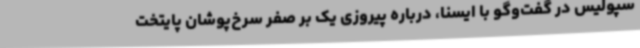
سپولیس در گفت‌وگو با ایسنا، درباره پیروزی یک بر صفر سرخ‌پوشان پایتخت